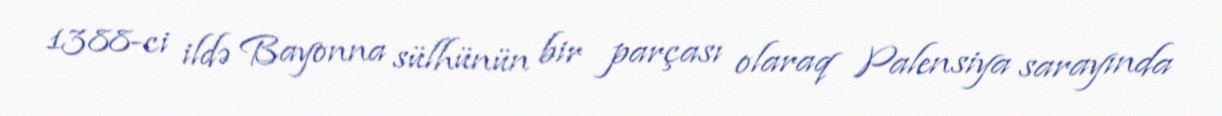
1388-ci ildə Bayonna sülhünün bir parçası olaraq Palensiya sarayında